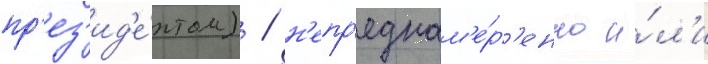
пр'ез'ид'е́нтом) / н'епр'еднам'е́р'енно и́л'и